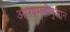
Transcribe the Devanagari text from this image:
आरएमबीयुआन